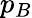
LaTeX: p_{B}